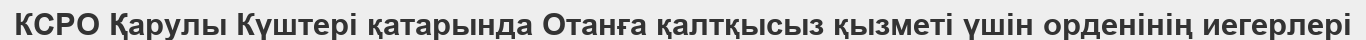
КСРО Қарулы Күштері қатарында Отанға қалтқысыз қызметі үшін орденінің иегерлері